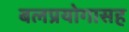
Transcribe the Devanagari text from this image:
बलप्रयोगासह